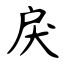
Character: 戾